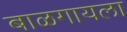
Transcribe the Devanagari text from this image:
बाळगायला